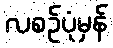
လစဉ်ပုံမှန်